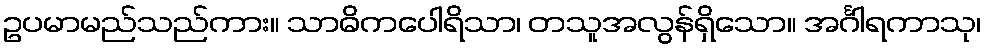
ဥပမာမည်သည်ကား။ သာဓိကပေါရိသာ၊ တသူအလွန်ရှိသော။ အင်္ဂါရကာသု၊